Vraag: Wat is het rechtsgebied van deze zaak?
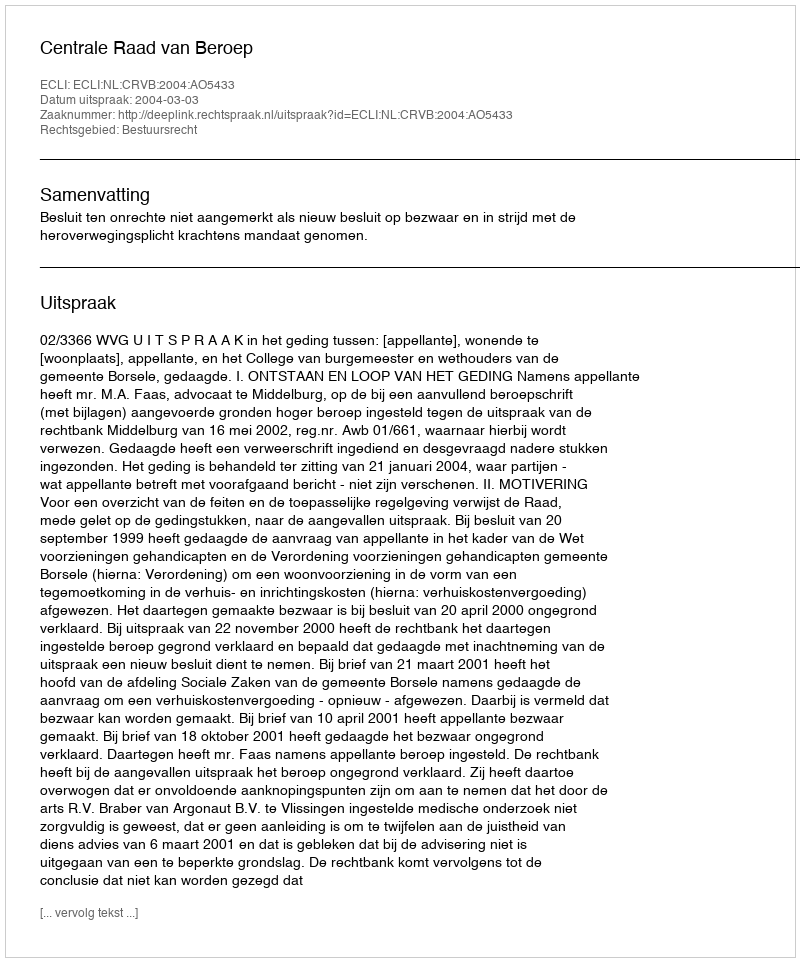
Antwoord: Bestuursrecht